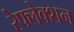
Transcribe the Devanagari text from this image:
रेफ्लेक्शन